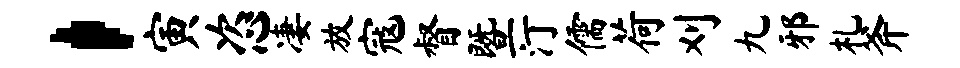
，寅恣凄放寇督暨汀儒荷刈九邪札斧